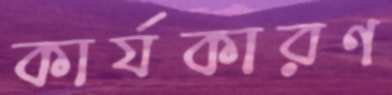
কার্যকারণ